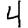
Digit: 4